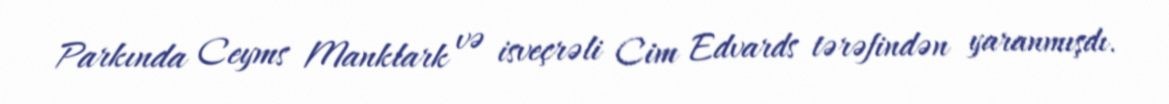
Parkında Ceyms Manklark və isveçrəli Cim Edvards tərəfindən yaranmışdı.